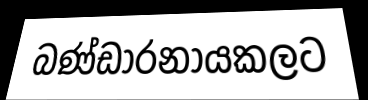
බණ්ඩාරනායකලට